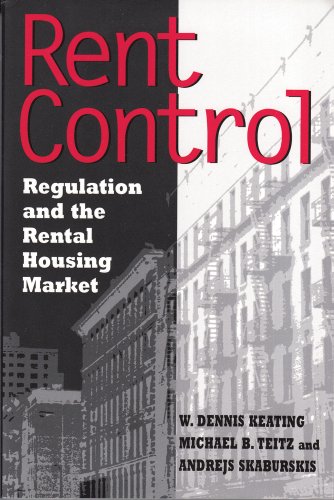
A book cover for Rent Control: Regulation and the Rental Housing Market; W.  Dennis Keating; Law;